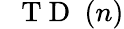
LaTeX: \mathrm{~{~\mathbf~T~D~}~}(n)